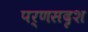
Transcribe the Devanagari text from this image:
पर्णसदृश